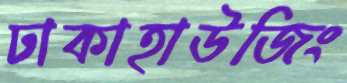
ঢাকাহাউজিং